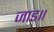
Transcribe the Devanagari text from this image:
जाड॥